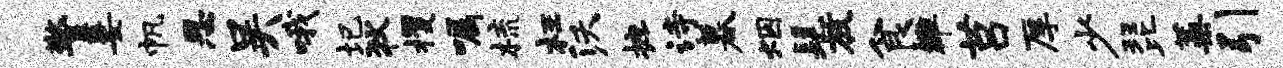
警萋帆思吴哦圮狄攫嘱梳枉沃摭诗暮烟髦放食雒莒厚少琵蒿引